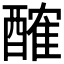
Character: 𨢜